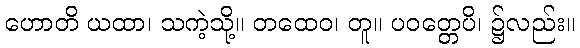
ဟောတိ ယထာ၊ သကဲ့သို့။ တထေဝ၊ တူ။ ပဝတ္တေပိ၊ ၌လည်း။